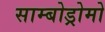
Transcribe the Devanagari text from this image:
साम्बोड्रोमो